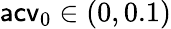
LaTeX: \mathsf{acv}_{0}\in(0,0.1)